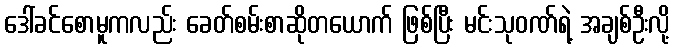
ဒေါ်ခင်စောမူကလည်း ခေတ်စမ်းစာဆိုတယောက် ဖြစ်ပြီး မင်းသုဝဏ်ရဲ့ အချစ်ဦးလို့